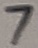
Text: 7